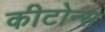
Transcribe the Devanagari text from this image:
कीटोन्स